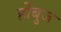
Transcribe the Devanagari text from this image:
होंबुज